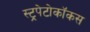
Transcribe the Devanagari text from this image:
स्ट्रपेटोकॉकस